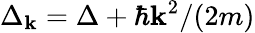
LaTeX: \Delta_{\mathbf{k}}=\Delta+\hbar{\mathbf{k}}^{2}/(2m)